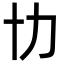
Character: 㔹